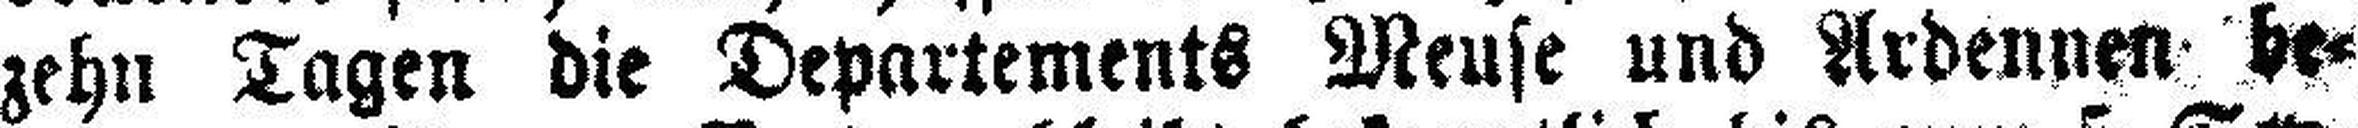
zehn Tagen die Departements Meuse und Ardennen be¬